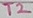
Text: T2